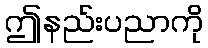
ဤနည်းပညာကို